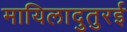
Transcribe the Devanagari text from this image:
मायिलादुतुरई